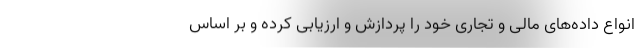
انواع داده‌های مالی و تجاری خود را پردازش و ارزیابی کرده و بر اساس